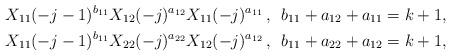
LaTeX: \begin{align*}\begin{aligned}&X_{{11}}(-j-1)\sp{b_{11}}X_{{12}}(-j)\sp{a_{12}}X_{{11}}(-j)\sp{a_{11}}\,,\ \, b_{11}+a_{12}+a_{11}= k+1,\\&X_{{11}}(-j-1)\sp{b_{11}}X_{22}(-j)\sp{a_{{22}}}X_{{12}}(-j)\sp{a_{12}}\,,\ \, b_{{11}}+a_{{22}}+a_{{12}}= k+1,\\\end{aligned}\end{align*}